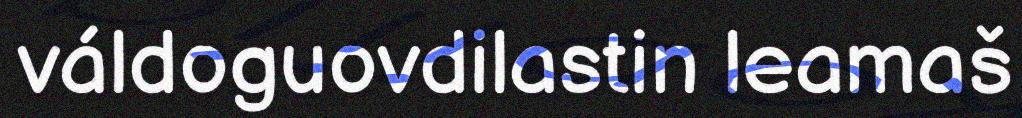
váldoguovdilastin leamaš